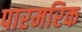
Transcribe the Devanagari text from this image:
पारमरिक